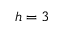
h = 3